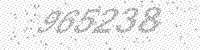
Solution: 965238